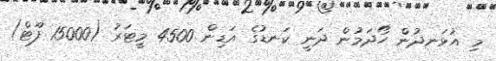
މި އުޅަނދުން ހޯދަމުން ދަނީ ކަނޑުގެ އަޑިން 4500 މީޓަރު (15000 ފޫޓް)